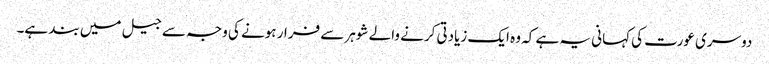
دوسری عورت کی کہانی یہ ہے کہ وہ ایک زیادتی کرنے والے شوہر سے فرار ہونے کی وجہ سے جیل میں بند ہے۔